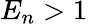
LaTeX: E_{n}>1